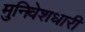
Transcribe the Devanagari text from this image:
मुनिवेशधारी